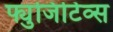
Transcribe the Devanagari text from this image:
फ्युजिटिव्स